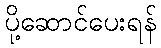
ပို့ဆောင်ပေးရန်